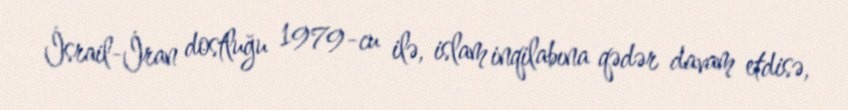
İsrail-İran dostluğu 1979-cu ilə, islam inqilabına qədər davam etdisə,